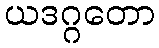
ယဒဂ္ဂတော